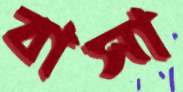
বাসা